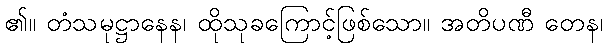
၏။ တံသမုဋ္ဌာနေန၊ ထိုသုခကြောင့်ဖြစ်သော။ အတိပဏီ တေန၊